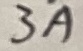
Text: 3A